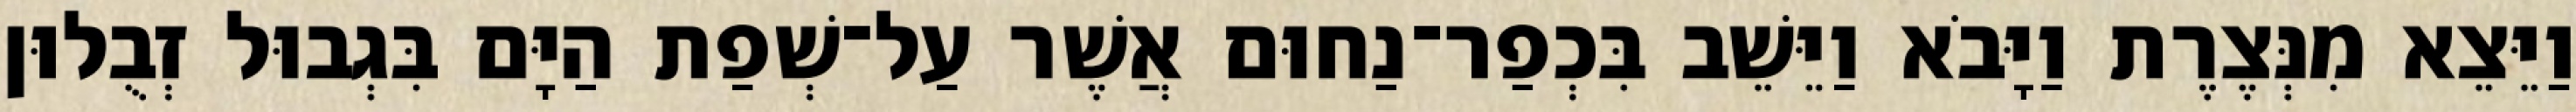
וַיֵּצֵא מִנְּצֶרֶת וַיָּבֹא וַיֵּשֵׁב בִּכְפַר־נַחוּם אֲשֶׁר עַל־שְׁפַת הַיָּם בִּגְבוּל זְבֻלוּן